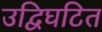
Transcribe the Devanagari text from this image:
उद्विघटित